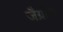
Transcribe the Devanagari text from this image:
जैग्रोस